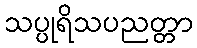
သပ္ပုရိသပညတ္တာ